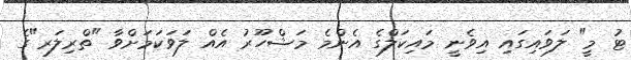
ޓު މީ" ލަވައިގައި އިވެނީ މައިކަލްގެ އެންމެ މަޝްހޫރު އެއް ލަވަކަމަށްވާ "ތްރިލަރ"ގެ